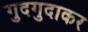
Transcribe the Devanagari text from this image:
गुदगुदाकर